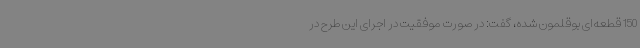
150 قطعه‌ای بوقلمون شده، گفت: در صورت موفقیت در اجرای این طرح در